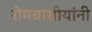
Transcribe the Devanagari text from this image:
रोमवासीयांनी